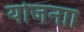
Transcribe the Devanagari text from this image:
योजनाा